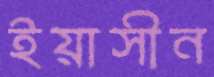
ইয়াসীন